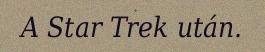
A Star Trek után.